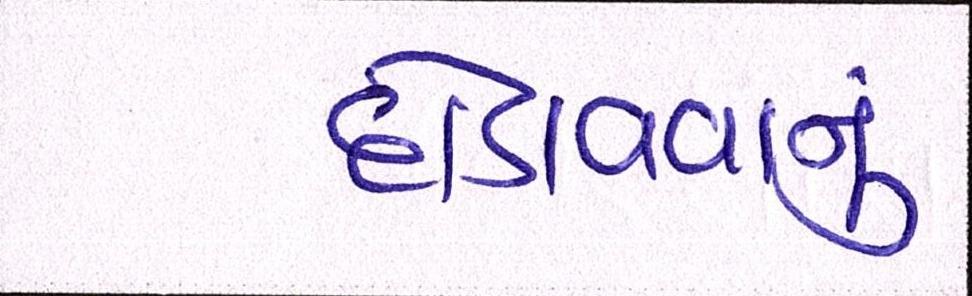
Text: દોડાવવાનું